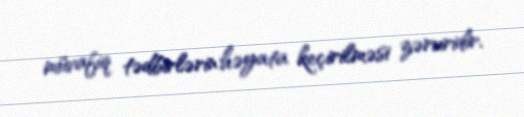
müvafiq tədbirlərin həyata keçirilməsi zəruridir.